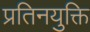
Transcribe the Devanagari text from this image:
प्रतिनयुक्ति